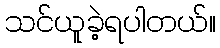
သင်ယူခဲ့ရပါတယ်။